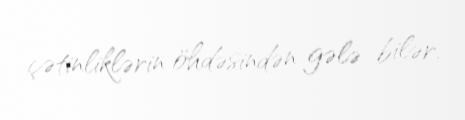
çətinliklərin öhdəsindən gələ bilər.